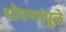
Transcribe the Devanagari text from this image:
भोवर्‍यांमुळे